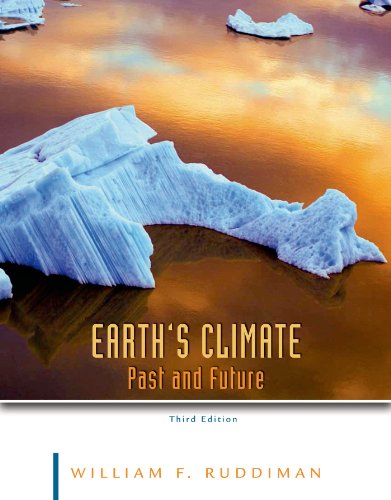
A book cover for Earth's Climate: Past and Future; William F. Ruddiman; Science & Math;